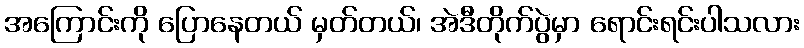
အကြောင်းကို ပြောနေတယ် မှတ်တယ်၊ အဲဒီတိုက်ပွဲမှာ ရောင်းရင်းပါသလား